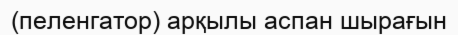
(пеленгатор) арқылы аспан шырағын